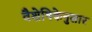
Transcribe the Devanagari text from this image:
वैशेषिकेनुसार